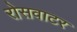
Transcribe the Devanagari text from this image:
रोसवाटर